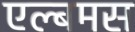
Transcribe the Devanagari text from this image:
एल्बमस